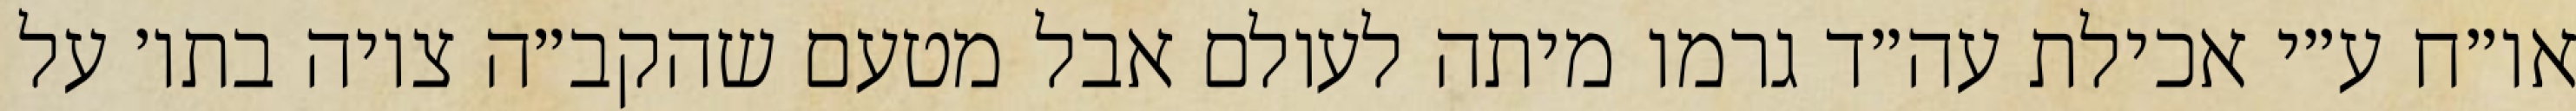
או״ח ע״י אכילת עה״ד גרמו מיתה לעולם אבל מטעם שהקב״ה ציוה בתו׳ על